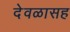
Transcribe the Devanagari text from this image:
देवळासह